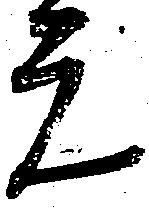
元